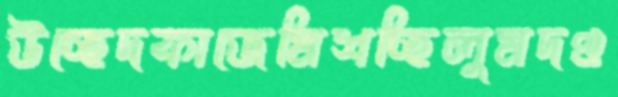
উচ্ছেদকাজেমিশচ্ছিলুমদণ্ড